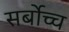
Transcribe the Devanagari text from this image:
सर्बोच्च